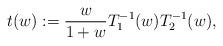
LaTeX: \begin{align*}t(w) := \frac{w}{1+w} T_1^{-1}(w) T_2^{-1}(w),\end{align*}